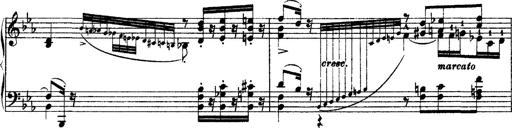
Title: Grandes Ã©tudes de Paganini
Composer: Franz Liszt